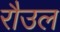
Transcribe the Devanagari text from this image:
रौउल